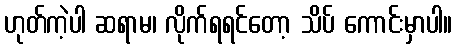
ဟုတ်ကဲ့ပါ ဆရာမ၊ လိုက်ရရင်တော့ သိပ် ကောင်းမှာပါ။